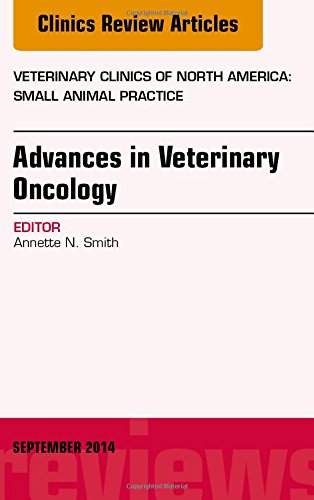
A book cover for Advances in Veterinary Oncology, An Issue of Veterinary Clinics of North America: Small Animal Practice, 1e (The Clinics: Veterinary Medicine); Annette N. Smith; Medical Books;